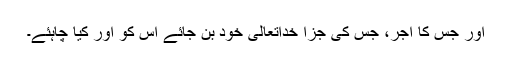
اور جس کا اجر، جس کی جزا خداتعالیٰ خود بن جائے اس کو اور کیا چاہئے۔